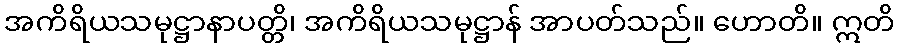
အကိရိယသမုဋ္ဌာနာပတ္တိ၊ အကိရိယသမုဋ္ဌာန် အာပတ်သည်။ ဟောတိ။ ဣတိ